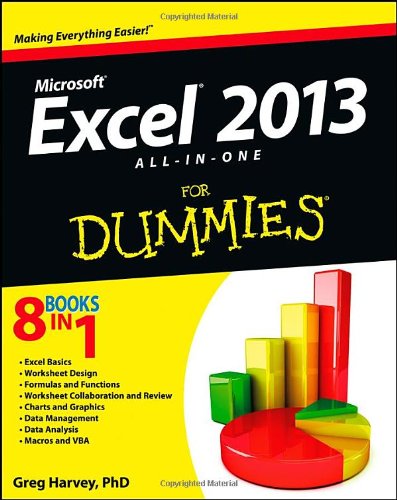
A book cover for Excel 2013 All-in-One For Dummies; Greg Harvey; Computers & Technology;